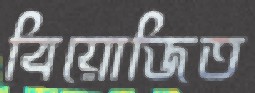
বিয়োজিত